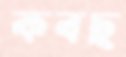
কবছ